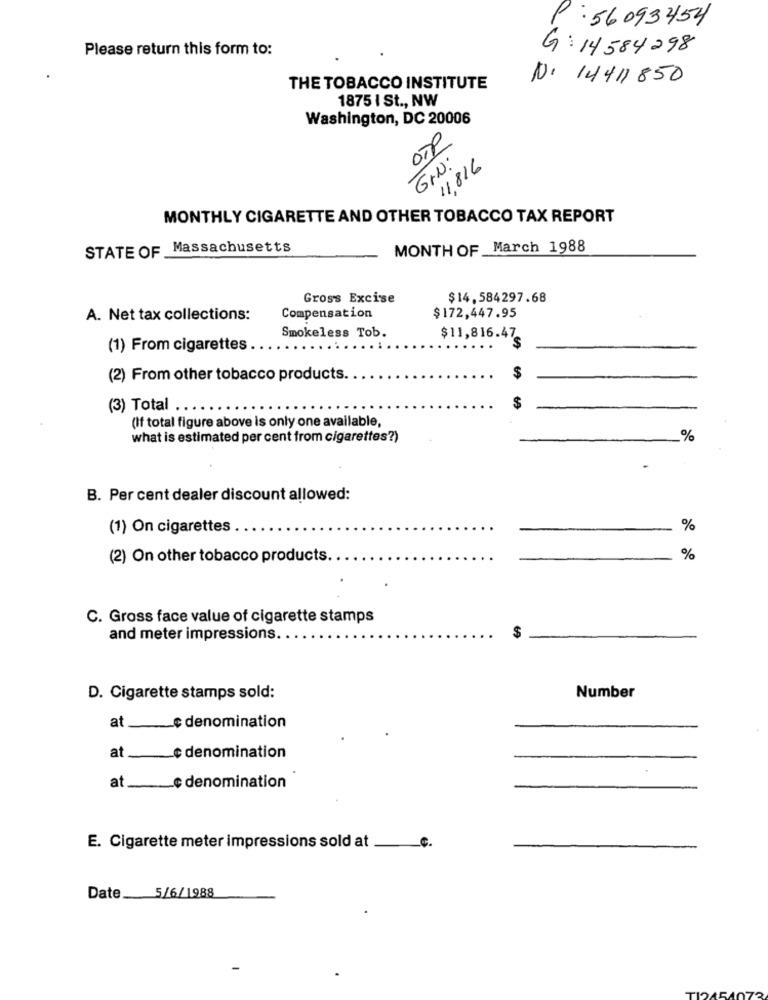
P: 56093454
Please return this form to:
G: 14584298
N. 14411850
THE TOBACCO INSTITUTE
1875 I St ., NW
Washington, DC 20006
OTP
GIN.
11,816
MONTHLY CIGARETTE AND OTHER TOBACCO TAX REPORT
STATE OF Massachusetts
MONTH OF March 1988
Gross Excise
$14.584297.68
A. Net tax collections:
Compensation
$172,447.95
Smokeless Tob.
$11,816.47
(1) From cigarettes
(2) From other tobacco products.
$
(3) Total ...
$
(If total figure above is only one available,
what is estimated per cent from cigarettes?)
%
B. Per cent dealer discount allowed:
(1) On cigarettes .
%
(2) On other tobacco products ..
%
C. Gross face value of cigarette stamps
$
and meter impressions.
Number
D. Cigarette stamps sold:
e denomination
at
at ___ ¢ denomination
at ____ c denomination
E. Cigarette meter impressions sold at
Date 5/6/1988